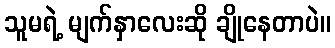
သူမရဲ့ မျက်နှာလေးဆို ချိုနေတာပဲ။